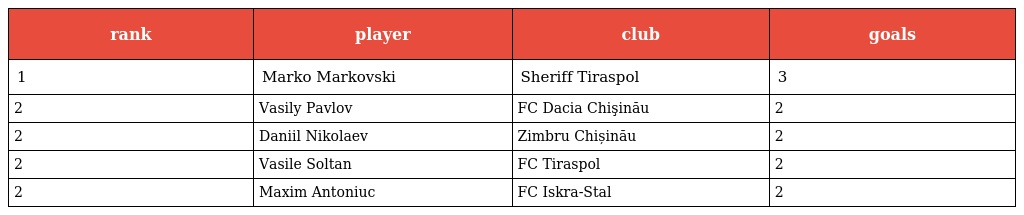
| rank | player | club | goals |
 | --- | --- | --- | --- |
 | 1 | Marko Markovski | Sheriff Tiraspol | 3 |
 | 2 | Vasily Pavlov | FC Dacia Chişinău | 2 |
 | 2 | Daniil Nikolaev | Zimbru Chișinău | 2 |
 | 2 | Vasile Soltan | FC Tiraspol | 2 |
 | 2 | Maxim Antoniuc | FC Iskra-Stal | 2 |